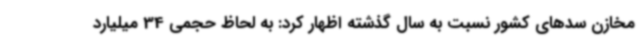
مخازن سدهای کشور نسبت به سال گذشته اظهار کرد: به لحاظ حجمی 34 میلیارد